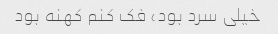
خیلی سرد بود، فک کنم کهنه بود